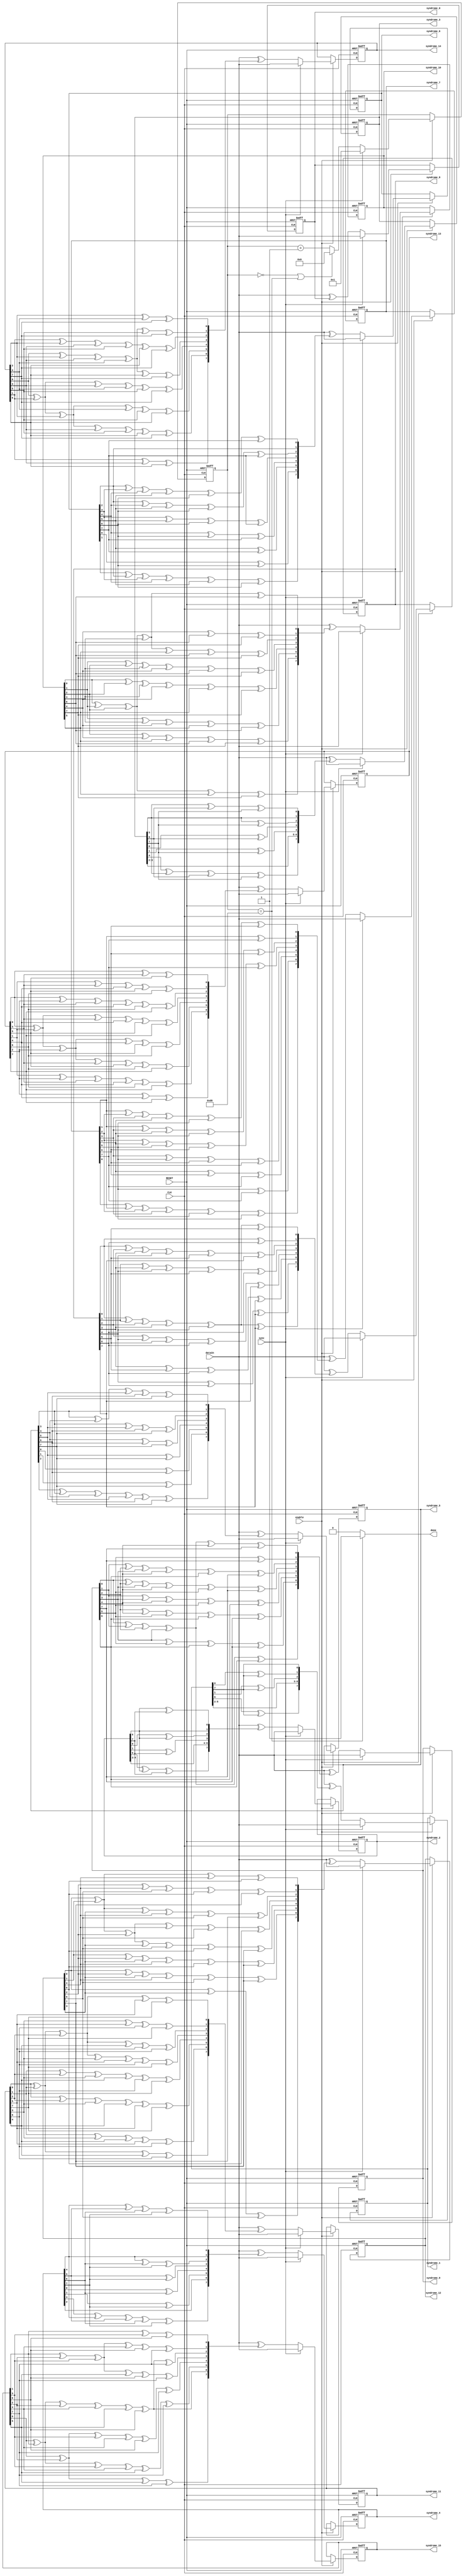
//===================================================================
// Module Name : RsDecodeSyndrome
// Function    : Rs Decoder syndrome calculation
// 
// Revision History:
// Date          By           Version    Change Description
//===================================================================
// 2009/02/03  Gael Sapience     1.0       Original
//
//===================================================================
// (C) COPYRIGHT 2009 SYSTEM LSI CO., Ltd.
//


module RsDecodeSyndrome(
   CLK,           // system clock
   RESET,         // system reset
   enable,        // enable signal
   sync,          // sync signal
   dataIn,        // data input
   syndrome_0,    // syndrome polynom 0
   syndrome_1,    // syndrome polynom 1
   syndrome_2,    // syndrome polynom 2
   syndrome_3,    // syndrome polynom 3
   syndrome_4,    // syndrome polynom 4
   syndrome_5,    // syndrome polynom 5
   syndrome_6,    // syndrome polynom 6
   syndrome_7,    // syndrome polynom 7
   syndrome_8,    // syndrome polynom 8
   syndrome_9,    // syndrome polynom 9
   syndrome_10,   // syndrome polynom 10
   syndrome_11,   // syndrome polynom 11
   syndrome_12,   // syndrome polynom 12
   syndrome_13,   // syndrome polynom 13
   syndrome_14,   // syndrome polynom 14
   syndrome_15,   // syndrome polynom 15
   done           // done signal
);


   input          CLK;           // system clock
   input          RESET;         // system reset
   input          enable;        // enable signal
   input          sync;          // sync signal
   input  [7:0]   dataIn;        // data input
   output [7:0]   syndrome_0;    // syndrome polynom 0
   output [7:0]   syndrome_1;    // syndrome polynom 1
   output [7:0]   syndrome_2;    // syndrome polynom 2
   output [7:0]   syndrome_3;    // syndrome polynom 3
   output [7:0]   syndrome_4;    // syndrome polynom 4
   output [7:0]   syndrome_5;    // syndrome polynom 5
   output [7:0]   syndrome_6;    // syndrome polynom 6
   output [7:0]   syndrome_7;    // syndrome polynom 7
   output [7:0]   syndrome_8;    // syndrome polynom 8
   output [7:0]   syndrome_9;    // syndrome polynom 9
   output [7:0]   syndrome_10;   // syndrome polynom 10
   output [7:0]   syndrome_11;   // syndrome polynom 11
   output [7:0]   syndrome_12;   // syndrome polynom 12
   output [7:0]   syndrome_13;   // syndrome polynom 13
   output [7:0]   syndrome_14;   // syndrome polynom 14
   output [7:0]   syndrome_15;   // syndrome polynom 15
   output         done;          // done signal


   //------------------------------------------------------------------------
   // + count
   //- Counter
   //------------------------------------------------------------------------
   reg    [7:0]   count;
   always @(posedge CLK or negedge RESET) begin
      if (~RESET) begin
         count [7:0] <= 8'd0;
      end
      else if (enable == 1'b1) begin
         if (sync == 1'b1) begin
            count[7:0] <= 8'd1;
         end
         else if ( (count[7:0] ==8'd0) || (count[7:0] ==8'd208)) begin
            count[7:0] <= 8'd0;
         end
         else begin
            count[7:0] <= count[7:0] + 8'd1;
         end
      end
   end



   //------------------------------------------------------------------------
   // + done
   //------------------------------------------------------------------------
   reg         done;
   always @(count) begin
      if (count ==8'd208) begin
         done = 1'b1;
      end
      else begin
         done = 1'b0;
      end
   end


   //------------------------------------------------------------------------
   // + product_0,..., product_15
   //- Syndrome Generator
   //------------------------------------------------------------------------
   wire [7:0]   product_0;
   wire [7:0]   product_1;
   wire [7:0]   product_2;
   wire [7:0]   product_3;
   wire [7:0]   product_4;
   wire [7:0]   product_5;
   wire [7:0]   product_6;
   wire [7:0]   product_7;
   wire [7:0]   product_8;
   wire [7:0]   product_9;
   wire [7:0]   product_10;
   wire [7:0]   product_11;
   wire [7:0]   product_12;
   wire [7:0]   product_13;
   wire [7:0]   product_14;
   wire [7:0]   product_15;

   reg  [7:0]    reg_0;
   reg  [7:0]    reg_1;
   reg  [7:0]    reg_2;
   reg  [7:0]    reg_3;
   reg  [7:0]    reg_4;
   reg  [7:0]    reg_5;
   reg  [7:0]    reg_6;
   reg  [7:0]    reg_7;
   reg  [7:0]    reg_8;
   reg  [7:0]    reg_9;
   reg  [7:0]    reg_10;
   reg  [7:0]    reg_11;
   reg  [7:0]    reg_12;
   reg  [7:0]    reg_13;
   reg  [7:0]    reg_14;
   reg  [7:0]    reg_15;

   assign product_0 [0] = reg_0[0];
   assign product_0 [1] = reg_0[1];
   assign product_0 [2] = reg_0[2];
   assign product_0 [3] = reg_0[3];
   assign product_0 [4] = reg_0[4];
   assign product_0 [5] = reg_0[5];
   assign product_0 [6] = reg_0[6];
   assign product_0 [7] = reg_0[7];
   assign product_1 [0] = reg_1[7];
   assign product_1 [1] = reg_1[0] ^ reg_1[7];
   assign product_1 [2] = reg_1[1] ^ reg_1[7];
   assign product_1 [3] = reg_1[2];
   assign product_1 [4] = reg_1[3];
   assign product_1 [5] = reg_1[4];
   assign product_1 [6] = reg_1[5];
   assign product_1 [7] = reg_1[6] ^ reg_1[7];
   assign product_2 [0] = reg_2[6] ^ reg_2[7];
   assign product_2 [1] = reg_2[6];
   assign product_2 [2] = reg_2[0] ^ reg_2[6];
   assign product_2 [3] = reg_2[1] ^ reg_2[7];
   assign product_2 [4] = reg_2[2];
   assign product_2 [5] = reg_2[3];
   assign product_2 [6] = reg_2[4];
   assign product_2 [7] = reg_2[5] ^ reg_2[6] ^ reg_2[7];
   assign product_3 [0] = reg_3[5] ^ reg_3[6] ^ reg_3[7];
   assign product_3 [1] = reg_3[5];
   assign product_3 [2] = reg_3[5] ^ reg_3[7];
   assign product_3 [3] = reg_3[0] ^ reg_3[6];
   assign product_3 [4] = reg_3[1] ^ reg_3[7];
   assign product_3 [5] = reg_3[2];
   assign product_3 [6] = reg_3[3];
   assign product_3 [7] = reg_3[4] ^ reg_3[5] ^ reg_3[6] ^ reg_3[7];
   assign product_4 [0] = reg_4[4] ^ reg_4[5] ^ reg_4[6] ^ reg_4[7];
   assign product_4 [1] = reg_4[4];
   assign product_4 [2] = reg_4[4] ^ reg_4[6] ^ reg_4[7];
   assign product_4 [3] = reg_4[5] ^ reg_4[7];
   assign product_4 [4] = reg_4[0] ^ reg_4[6];
   assign product_4 [5] = reg_4[1] ^ reg_4[7];
   assign product_4 [6] = reg_4[2];
   assign product_4 [7] = reg_4[3] ^ reg_4[4] ^ reg_4[5] ^ reg_4[6] ^ reg_4[7];
   assign product_5 [0] = reg_5[3] ^ reg_5[4] ^ reg_5[5] ^ reg_5[6] ^ reg_5[7];
   assign product_5 [1] = reg_5[3];
   assign product_5 [2] = reg_5[3] ^ reg_5[5] ^ reg_5[6] ^ reg_5[7];
   assign product_5 [3] = reg_5[4] ^ reg_5[6] ^ reg_5[7];
   assign product_5 [4] = reg_5[5] ^ reg_5[7];
   assign product_5 [5] = reg_5[0] ^ reg_5[6];
   assign product_5 [6] = reg_5[1] ^ reg_5[7];
   assign product_5 [7] = reg_5[2] ^ reg_5[3] ^ reg_5[4] ^ reg_5[5] ^ reg_5[6] ^ reg_5[7];
   assign product_6 [0] = reg_6[2] ^ reg_6[3] ^ reg_6[4] ^ reg_6[5] ^ reg_6[6] ^ reg_6[7];
   assign product_6 [1] = reg_6[2];
   assign product_6 [2] = reg_6[2] ^ reg_6[4] ^ reg_6[5] ^ reg_6[6] ^ reg_6[7];
   assign product_6 [3] = reg_6[3] ^ reg_6[5] ^ reg_6[6] ^ reg_6[7];
   assign product_6 [4] = reg_6[4] ^ reg_6[6] ^ reg_6[7];
   assign product_6 [5] = reg_6[5] ^ reg_6[7];
   assign product_6 [6] = reg_6[0] ^ reg_6[6];
   assign product_6 [7] = reg_6[1] ^ reg_6[2] ^ reg_6[3] ^ reg_6[4] ^ reg_6[5] ^ reg_6[6];
   assign product_7 [0] = reg_7[1] ^ reg_7[2] ^ reg_7[3] ^ reg_7[4] ^ reg_7[5] ^ reg_7[6];
   assign product_7 [1] = reg_7[1] ^ reg_7[7];
   assign product_7 [2] = reg_7[1] ^ reg_7[3] ^ reg_7[4] ^ reg_7[5] ^ reg_7[6];
   assign product_7 [3] = reg_7[2] ^ reg_7[4] ^ reg_7[5] ^ reg_7[6] ^ reg_7[7];
   assign product_7 [4] = reg_7[3] ^ reg_7[5] ^ reg_7[6] ^ reg_7[7];
   assign product_7 [5] = reg_7[4] ^ reg_7[6] ^ reg_7[7];
   assign product_7 [6] = reg_7[5] ^ reg_7[7];
   assign product_7 [7] = reg_7[0] ^ reg_7[1] ^ reg_7[2] ^ reg_7[3] ^ reg_7[4] ^ reg_7[5];
   assign product_8 [0] = reg_8[0] ^ reg_8[1] ^ reg_8[2] ^ reg_8[3] ^ reg_8[4] ^ reg_8[5];
   assign product_8 [1] = reg_8[0] ^ reg_8[6];
   assign product_8 [2] = reg_8[0] ^ reg_8[2] ^ reg_8[3] ^ reg_8[4] ^ reg_8[5] ^ reg_8[7];
   assign product_8 [3] = reg_8[1] ^ reg_8[3] ^ reg_8[4] ^ reg_8[5] ^ reg_8[6];
   assign product_8 [4] = reg_8[2] ^ reg_8[4] ^ reg_8[5] ^ reg_8[6] ^ reg_8[7];
   assign product_8 [5] = reg_8[3] ^ reg_8[5] ^ reg_8[6] ^ reg_8[7];
   assign product_8 [6] = reg_8[4] ^ reg_8[6] ^ reg_8[7];
   assign product_8 [7] = reg_8[0] ^ reg_8[1] ^ reg_8[2] ^ reg_8[3] ^ reg_8[4] ^ reg_8[7];
   assign product_9 [0] = reg_9[0] ^ reg_9[1] ^ reg_9[2] ^ reg_9[3] ^ reg_9[4] ^ reg_9[7];
   assign product_9 [1] = reg_9[5] ^ reg_9[7];
   assign product_9 [2] = reg_9[1] ^ reg_9[2] ^ reg_9[3] ^ reg_9[4] ^ reg_9[6] ^ reg_9[7];
   assign product_9 [3] = reg_9[0] ^ reg_9[2] ^ reg_9[3] ^ reg_9[4] ^ reg_9[5] ^ reg_9[7];
   assign product_9 [4] = reg_9[1] ^ reg_9[3] ^ reg_9[4] ^ reg_9[5] ^ reg_9[6];
   assign product_9 [5] = reg_9[2] ^ reg_9[4] ^ reg_9[5] ^ reg_9[6] ^ reg_9[7];
   assign product_9 [6] = reg_9[3] ^ reg_9[5] ^ reg_9[6] ^ reg_9[7];
   assign product_9 [7] = reg_9[0] ^ reg_9[1] ^ reg_9[2] ^ reg_9[3] ^ reg_9[6];
   assign product_10 [0] = reg_10[0] ^ reg_10[1] ^ reg_10[2] ^ reg_10[3] ^ reg_10[6];
   assign product_10 [1] = reg_10[4] ^ reg_10[6] ^ reg_10[7];
   assign product_10 [2] = reg_10[0] ^ reg_10[1] ^ reg_10[2] ^ reg_10[3] ^ reg_10[5] ^ reg_10[6] ^ reg_10[7];
   assign product_10 [3] = reg_10[1] ^ reg_10[2] ^ reg_10[3] ^ reg_10[4] ^ reg_10[6] ^ reg_10[7];
   assign product_10 [4] = reg_10[0] ^ reg_10[2] ^ reg_10[3] ^ reg_10[4] ^ reg_10[5] ^ reg_10[7];
   assign product_10 [5] = reg_10[1] ^ reg_10[3] ^ reg_10[4] ^ reg_10[5] ^ reg_10[6];
   assign product_10 [6] = reg_10[2] ^ reg_10[4] ^ reg_10[5] ^ reg_10[6] ^ reg_10[7];
   assign product_10 [7] = reg_10[0] ^ reg_10[1] ^ reg_10[2] ^ reg_10[5] ^ reg_10[7];
   assign product_11 [0] = reg_11[0] ^ reg_11[1] ^ reg_11[2] ^ reg_11[5] ^ reg_11[7];
   assign product_11 [1] = reg_11[3] ^ reg_11[5] ^ reg_11[6] ^ reg_11[7];
   assign product_11 [2] = reg_11[0] ^ reg_11[1] ^ reg_11[2] ^ reg_11[4] ^ reg_11[5] ^ reg_11[6];
   assign product_11 [3] = reg_11[0] ^ reg_11[1] ^ reg_11[2] ^ reg_11[3] ^ reg_11[5] ^ reg_11[6] ^ reg_11[7];
   assign product_11 [4] = reg_11[1] ^ reg_11[2] ^ reg_11[3] ^ reg_11[4] ^ reg_11[6] ^ reg_11[7];
   assign product_11 [5] = reg_11[0] ^ reg_11[2] ^ reg_11[3] ^ reg_11[4] ^ reg_11[5] ^ reg_11[7];
   assign product_11 [6] = reg_11[1] ^ reg_11[3] ^ reg_11[4] ^ reg_11[5] ^ reg_11[6];
   assign product_11 [7] = reg_11[0] ^ reg_11[1] ^ reg_11[4] ^ reg_11[6];
   assign product_12 [0] = reg_12[0] ^ reg_12[1] ^ reg_12[4] ^ reg_12[6];
   assign product_12 [1] = reg_12[2] ^ reg_12[4] ^ reg_12[5] ^ reg_12[6] ^ reg_12[7];
   assign product_12 [2] = reg_12[0] ^ reg_12[1] ^ reg_12[3] ^ reg_12[4] ^ reg_12[5] ^ reg_12[7];
   assign product_12 [3] = reg_12[0] ^ reg_12[1] ^ reg_12[2] ^ reg_12[4] ^ reg_12[5] ^ reg_12[6];
   assign product_12 [4] = reg_12[0] ^ reg_12[1] ^ reg_12[2] ^ reg_12[3] ^ reg_12[5] ^ reg_12[6] ^ reg_12[7];
   assign product_12 [5] = reg_12[1] ^ reg_12[2] ^ reg_12[3] ^ reg_12[4] ^ reg_12[6] ^ reg_12[7];
   assign product_12 [6] = reg_12[0] ^ reg_12[2] ^ reg_12[3] ^ reg_12[4] ^ reg_12[5] ^ reg_12[7];
   assign product_12 [7] = reg_12[0] ^ reg_12[3] ^ reg_12[5];
   assign product_13 [0] = reg_13[0] ^ reg_13[3] ^ reg_13[5];
   assign product_13 [1] = reg_13[1] ^ reg_13[3] ^ reg_13[4] ^ reg_13[5] ^ reg_13[6];
   assign product_13 [2] = reg_13[0] ^ reg_13[2] ^ reg_13[3] ^ reg_13[4] ^ reg_13[6] ^ reg_13[7];
   assign product_13 [3] = reg_13[0] ^ reg_13[1] ^ reg_13[3] ^ reg_13[4] ^ reg_13[5] ^ reg_13[7];
   assign product_13 [4] = reg_13[0] ^ reg_13[1] ^ reg_13[2] ^ reg_13[4] ^ reg_13[5] ^ reg_13[6];
   assign product_13 [5] = reg_13[0] ^ reg_13[1] ^ reg_13[2] ^ reg_13[3] ^ reg_13[5] ^ reg_13[6] ^ reg_13[7];
   assign product_13 [6] = reg_13[1] ^ reg_13[2] ^ reg_13[3] ^ reg_13[4] ^ reg_13[6] ^ reg_13[7];
   assign product_13 [7] = reg_13[2] ^ reg_13[4] ^ reg_13[7];
   assign product_14 [0] = reg_14[2] ^ reg_14[4] ^ reg_14[7];
   assign product_14 [1] = reg_14[0] ^ reg_14[2] ^ reg_14[3] ^ reg_14[4] ^ reg_14[5] ^ reg_14[7];
   assign product_14 [2] = reg_14[1] ^ reg_14[2] ^ reg_14[3] ^ reg_14[5] ^ reg_14[6] ^ reg_14[7];
   assign product_14 [3] = reg_14[0] ^ reg_14[2] ^ reg_14[3] ^ reg_14[4] ^ reg_14[6] ^ reg_14[7];
   assign product_14 [4] = reg_14[0] ^ reg_14[1] ^ reg_14[3] ^ reg_14[4] ^ reg_14[5] ^ reg_14[7];
   assign product_14 [5] = reg_14[0] ^ reg_14[1] ^ reg_14[2] ^ reg_14[4] ^ reg_14[5] ^ reg_14[6];
   assign product_14 [6] = reg_14[0] ^ reg_14[1] ^ reg_14[2] ^ reg_14[3] ^ reg_14[5] ^ reg_14[6] ^ reg_14[7];
   assign product_14 [7] = reg_14[1] ^ reg_14[3] ^ reg_14[6];
   assign product_15 [0] = reg_15[1] ^ reg_15[3] ^ reg_15[6];
   assign product_15 [1] = reg_15[1] ^ reg_15[2] ^ reg_15[3] ^ reg_15[4] ^ reg_15[6] ^ reg_15[7];
   assign product_15 [2] = reg_15[0] ^ reg_15[1] ^ reg_15[2] ^ reg_15[4] ^ reg_15[5] ^ reg_15[6] ^ reg_15[7];
   assign product_15 [3] = reg_15[1] ^ reg_15[2] ^ reg_15[3] ^ reg_15[5] ^ reg_15[6] ^ reg_15[7];
   assign product_15 [4] = reg_15[0] ^ reg_15[2] ^ reg_15[3] ^ reg_15[4] ^ reg_15[6] ^ reg_15[7];
   assign product_15 [5] = reg_15[0] ^ reg_15[1] ^ reg_15[3] ^ reg_15[4] ^ reg_15[5] ^ reg_15[7];
   assign product_15 [6] = reg_15[0] ^ reg_15[1] ^ reg_15[2] ^ reg_15[4] ^ reg_15[5] ^ reg_15[6];
   assign product_15 [7] = reg_15[0] ^ reg_15[2] ^ reg_15[5] ^ reg_15[7];



   //------------------------------------------------------------------------
   // + REG_0,..., REG_15
   //------------------------------------------------------------------------
   always @(posedge CLK or negedge RESET) begin
      if (~RESET) begin
         reg_0 [7:0]  <= 8'd0;
         reg_1 [7:0]  <= 8'd0;
         reg_2 [7:0]  <= 8'd0;
         reg_3 [7:0]  <= 8'd0;
         reg_4 [7:0]  <= 8'd0;
         reg_5 [7:0]  <= 8'd0;
         reg_6 [7:0]  <= 8'd0;
         reg_7 [7:0]  <= 8'd0;
         reg_8 [7:0]  <= 8'd0;
         reg_9 [7:0]  <= 8'd0;
         reg_10 [7:0] <= 8'd0;
         reg_11 [7:0] <= 8'd0;
         reg_12 [7:0] <= 8'd0;
         reg_13 [7:0] <= 8'd0;
         reg_14 [7:0] <= 8'd0;
         reg_15 [7:0] <= 8'd0;
      end
      else if (enable == 1'b1) begin
         if (sync == 1'b1) begin
            reg_0 [7:0]  <= dataIn[7:0];
            reg_1 [7:0]  <= dataIn[7:0];
            reg_2 [7:0]  <= dataIn[7:0];
            reg_3 [7:0]  <= dataIn[7:0];
            reg_4 [7:0]  <= dataIn[7:0];
            reg_5 [7:0]  <= dataIn[7:0];
            reg_6 [7:0]  <= dataIn[7:0];
            reg_7 [7:0]  <= dataIn[7:0];
            reg_8 [7:0]  <= dataIn[7:0];
            reg_9 [7:0]  <= dataIn[7:0];
            reg_10 [7:0] <= dataIn[7:0];
            reg_11 [7:0] <= dataIn[7:0];
            reg_12 [7:0] <= dataIn[7:0];
            reg_13 [7:0] <= dataIn[7:0];
            reg_14 [7:0] <= dataIn[7:0];
            reg_15 [7:0] <= dataIn[7:0];
         end
         else begin
            reg_0 [7:0]  <= dataIn [7:0] ^ product_0[7:0];
            reg_1 [7:0]  <= dataIn [7:0] ^ product_1[7:0];
            reg_2 [7:0]  <= dataIn [7:0] ^ product_2[7:0];
            reg_3 [7:0]  <= dataIn [7:0] ^ product_3[7:0];
            reg_4 [7:0]  <= dataIn [7:0] ^ product_4[7:0];
            reg_5 [7:0]  <= dataIn [7:0] ^ product_5[7:0];
            reg_6 [7:0]  <= dataIn [7:0] ^ product_6[7:0];
            reg_7 [7:0]  <= dataIn [7:0] ^ product_7[7:0];
            reg_8 [7:0]  <= dataIn [7:0] ^ product_8[7:0];
            reg_9 [7:0]  <= dataIn [7:0] ^ product_9[7:0];
            reg_10 [7:0] <= dataIn [7:0] ^ product_10[7:0];
            reg_11 [7:0] <= dataIn [7:0] ^ product_11[7:0];
            reg_12 [7:0] <= dataIn [7:0] ^ product_12[7:0];
            reg_13 [7:0] <= dataIn [7:0] ^ product_13[7:0];
            reg_14 [7:0] <= dataIn [7:0] ^ product_14[7:0];
            reg_15 [7:0] <= dataIn [7:0] ^ product_15[7:0];
         end
      end
   end



   //------------------------------------------------------------------------
   //- Output Ports
   //------------------------------------------------------------------------
   assign   syndrome_0[7:0]  = reg_0[7:0];
   assign   syndrome_1[7:0]  = reg_1[7:0];
   assign   syndrome_2[7:0]  = reg_2[7:0];
   assign   syndrome_3[7:0]  = reg_3[7:0];
   assign   syndrome_4[7:0]  = reg_4[7:0];
   assign   syndrome_5[7:0]  = reg_5[7:0];
   assign   syndrome_6[7:0]  = reg_6[7:0];
   assign   syndrome_7[7:0]  = reg_7[7:0];
   assign   syndrome_8[7:0]  = reg_8[7:0];
   assign   syndrome_9[7:0]  = reg_9[7:0];
   assign   syndrome_10[7:0] = reg_10[7:0];
   assign   syndrome_11[7:0] = reg_11[7:0];
   assign   syndrome_12[7:0] = reg_12[7:0];
   assign   syndrome_13[7:0] = reg_13[7:0];
   assign   syndrome_14[7:0] = reg_14[7:0];
   assign   syndrome_15[7:0] = reg_15[7:0];

endmodule